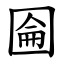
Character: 圇